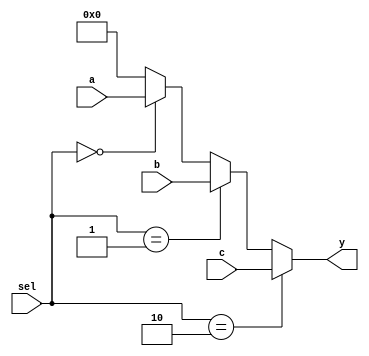
//-----------------------------------------------------------------------------
// Title         : 3-1 multiplexer
//-----------------------------------------------------------------------------

module mux3( sel, a, b, c, y );
    parameter bitwidth=32;
    input [1:0] sel;
    input  [bitwidth-1:0] a, b, c;
    output [bitwidth-1:0] y;

    assign y = (sel==2'b10) ? c :
	           (sel==2'b01) ? b :
			   (sel==2'b00) ? a : 0 ;
endmodule